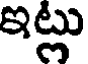
ఇట్లు